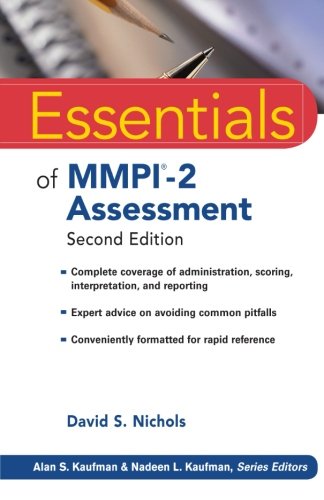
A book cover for Essentials of MMPI-2 Assessment; David S. Nichols; Medical Books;